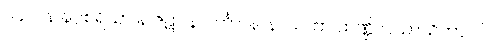
၁၄၁။ န နဂ္ဂစရိယာ န ဇဋာ န ပင်္ကာ၊ နာနာသကာ ထဏ္ဍိလသာယိကာ ဝါ။